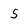
Character: 5